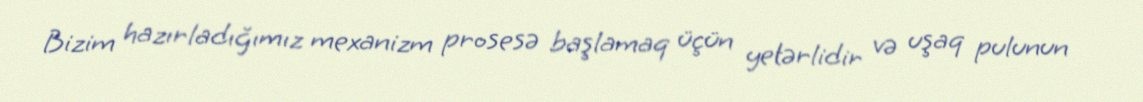
Bizim hazırladığımız mexanizm prosesə başlamaq üçün yetərlidir və uşaq pulunun